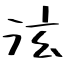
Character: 泫